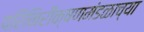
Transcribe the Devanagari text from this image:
परिनिरीक्षणमंडळाच्या